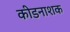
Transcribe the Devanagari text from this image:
कीडनाशक